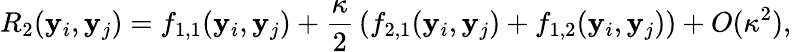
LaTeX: R_{2}(\mathbf{y}_{i},\mathbf{y}_{j})=f_{1,1}(\mathbf{y}_{i},\mathbf{y}_{j})+{\frac{{\kappa}}{{2}}}\left(f_{2,1}(\mathbf{y}_{i},\mathbf{y}_{j})+f_{1,2}(\mathbf{y}_{i},\mathbf{y}_{j})\right)+O(\kappa^{2}),